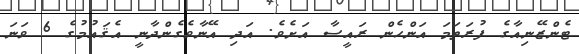
ޓެންޒޭނިއާގެ ފުރަތަމަ އަންހެން ރައީސާ އަށެވެ. އަދި އޭނާވެގެންދާނީ އެޤައުމުގެ 6 ވަނަ